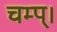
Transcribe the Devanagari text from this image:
चम्प्।